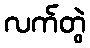
လက်တွဲ